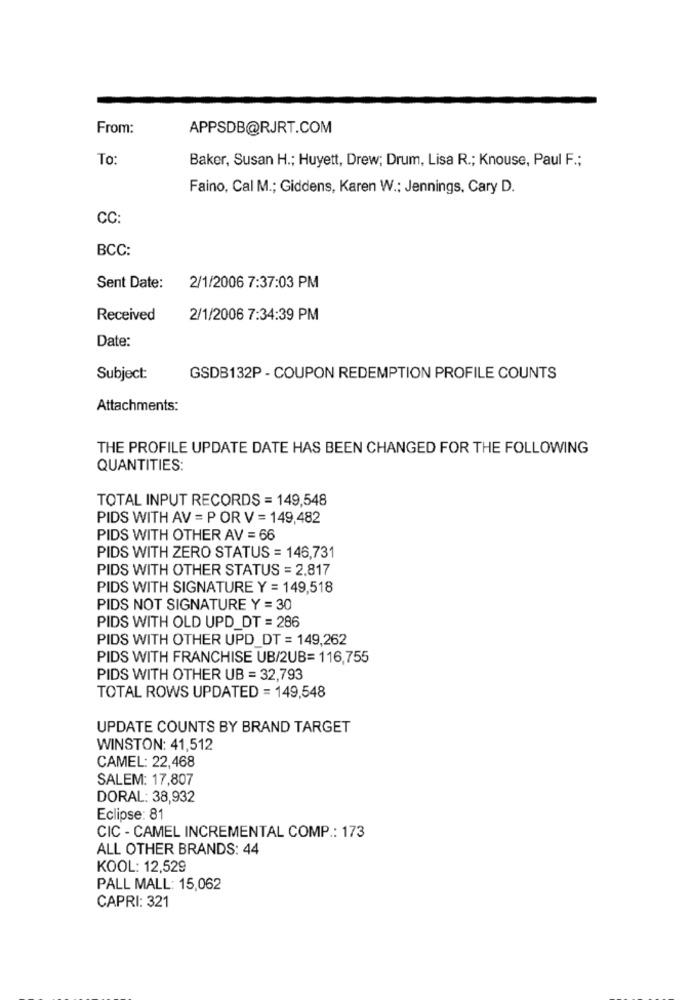
From:
APPSDB@RJRT.COM
To:
Baker, Susan H .; Huyett, Drew; Drum, Lisa R .; Knouse, Paul F .;
Faino, Cal M .; Giddens, Karen W .: Jennings, Cary D.
CC:
BCC:
Sent Date:
2/1/2006 7:37:03 PM
Received
2/1/2006 7:34:39 PM
Date:
Subject:
GSDB132P - COUPON REDEMPTION PROFILE COUNTS
Attachments:
THE PROFILE UPDATE DATE HAS BEEN CHANGED FOR THE FOLLOWING
QUANTITIES:
TOTAL INPUT RECORDS = 149,548
PIDS WITH AV = P OR V = 149,482
PIDS WITH OTHER AV = 66
PIDS WITH ZERO STATUS = 146,731
PIDS WITH OTHER STATUS = 2.817
PIDS WITH SIGNATURE Y = 149,518
PIDS NOT SIGNATURE Y = 30
PIDS WITH OLD UPD_DT = 286
PIDS WITH OTHER UPD_DT = 149,262
PIDS WITH FRANCHISE UB/2UB= 116,755
PIDS WITH OTHER UB = 32,793
TOTAL ROWS UPDATED = 149,548
UPDATE COUNTS BY BRAND TARGET
WINSTON: 41,512
CAMEL: 22,468
SALEM: 17,807
DORAL: 38,932
Eclipse: 81
CIC - CAMEL INCREMENTAL COMP .: 173
ALL OTHER BRANDS: 44
KOOL: 12,529
PALL MALL: 15,062
CAPRI: 321